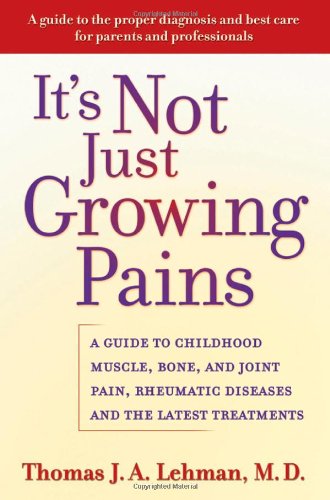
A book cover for It's Not Just Growing Pains: A Guide to Childhood Muscle, Bone and Joint Pain, Rheumatic Diseases, and the Latest Treatments; Thomas J. A. Lehman; Health, Fitness & Dieting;